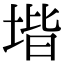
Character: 堦